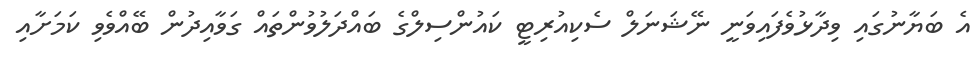
އެ ބަޔާނުގައި ވިދާޅުވެފައިވަނީ ނޭޝަނަލް ސެކިއުރިޓީ ކައުންސިލްގެ ބައްދަލުވުންތައް ގަވާއިދުން ބޭއްވެވި ކަމަށާއި